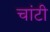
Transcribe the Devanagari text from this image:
चांटी